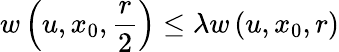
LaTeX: w\left(u,x_{0},{\frac{r}{2}}\right)\leq\lambda w\left(u,x_{0},r\right)